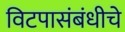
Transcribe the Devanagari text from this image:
विटपासंबंधीचे